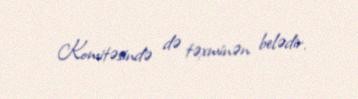
Komitəsində də təxminən belədir.